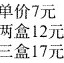
单价7元两盒12元三盒17元